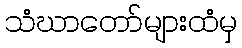
သံဃာတော်များထံမှ